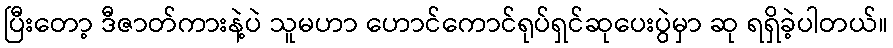
ပြီးတော့ ဒီဇာတ်ကားနဲ့ပဲ သူမဟာ ဟောင်ကောင်ရုပ်ရှင်ဆုပေးပွဲမှာ ဆု ရရှိခဲ့ပါတယ်။